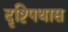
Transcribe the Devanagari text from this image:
दृष्टिपथास